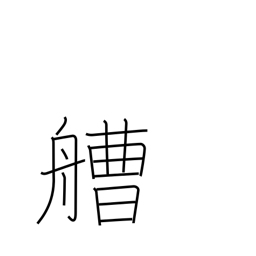
Meaning: boat